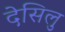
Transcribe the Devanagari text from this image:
देसिलु